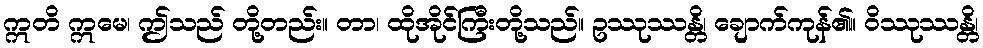
ဣတိ ဣမေ၊ ဤသည် တို့တည်း။ တာ၊ ထိုအိုင်ကြီးတို့သည်။ ဥဿုဿန္တိ၊ ချောက်ကုန်၏။ ဝိဿုဿန္တိ၊